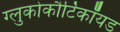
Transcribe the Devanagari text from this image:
ग्लुकोकौर्टिकॉयड